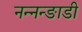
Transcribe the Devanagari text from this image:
नन्नन्ङाडी